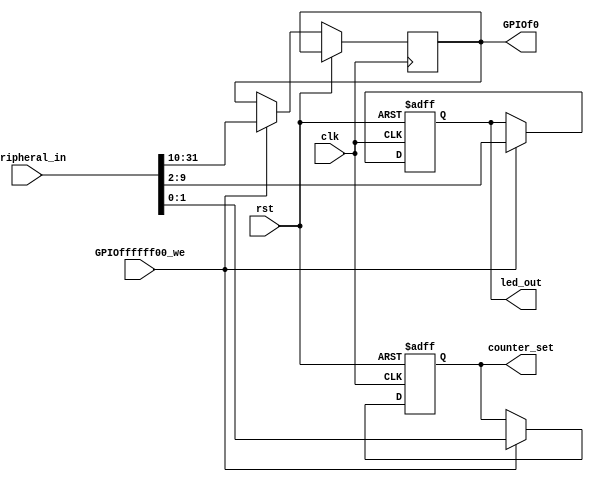
module Device_GPIO_led(
                  	clk,
	               	rst,
	               	GPIOffffff00_we,
	               	Peripheral_in,
	               	counter_set,
	               	led_out,
	               	GPIOf0				 
					);


	input  wire 		clk, rst, GPIOffffff00_we;
	input  wire [31: 0]	Peripheral_in;

	output wire [ 7: 0]	led_out;
	output reg 	[ 1: 0]	counter_set = 0;
	output reg 	[21: 0]	GPIOf0 = 0;

	reg 		[ 7: 0] LED = 0; 

	assign led_out = LED; 
	
	always @(negedge clk or posedge rst) begin 
		if( rst ) begin 
			LED 		<= 8'hAA; 
			counter_set	<= 2'b00; 
		end 
		else begin 
			if( GPIOffffff00_we ) 
				{GPIOf0[21:0], LED, counter_set} <= Peripheral_in; 
			else begin 
				LED 		<= LED; 
				counter_set <= counter_set; 
			end 
		end 
	end 
						
endmodule